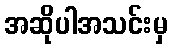
အဆိုပါအသင်းမှ